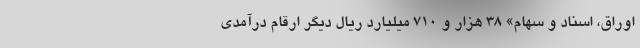
اوراق، اسناد و سهام» ۳۸ هزار و ۷۱۰ میلیارد ریال دیگر ارقام درآمدی